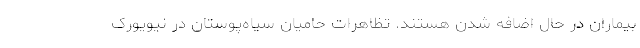
بیماران در حال اضافه شدن هستند. تظاهرات حامیان سیاه‌پوستان در نیویورک